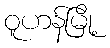
ဝူဟန်မြို့